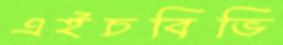
এইচবিভি